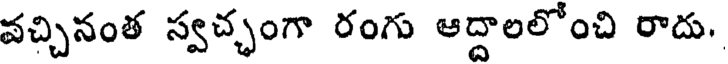
వచ్చినంత స్వచ్చంగా రంగు ఆద్దాలలోంచి రాదు,